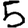
Digit: 5